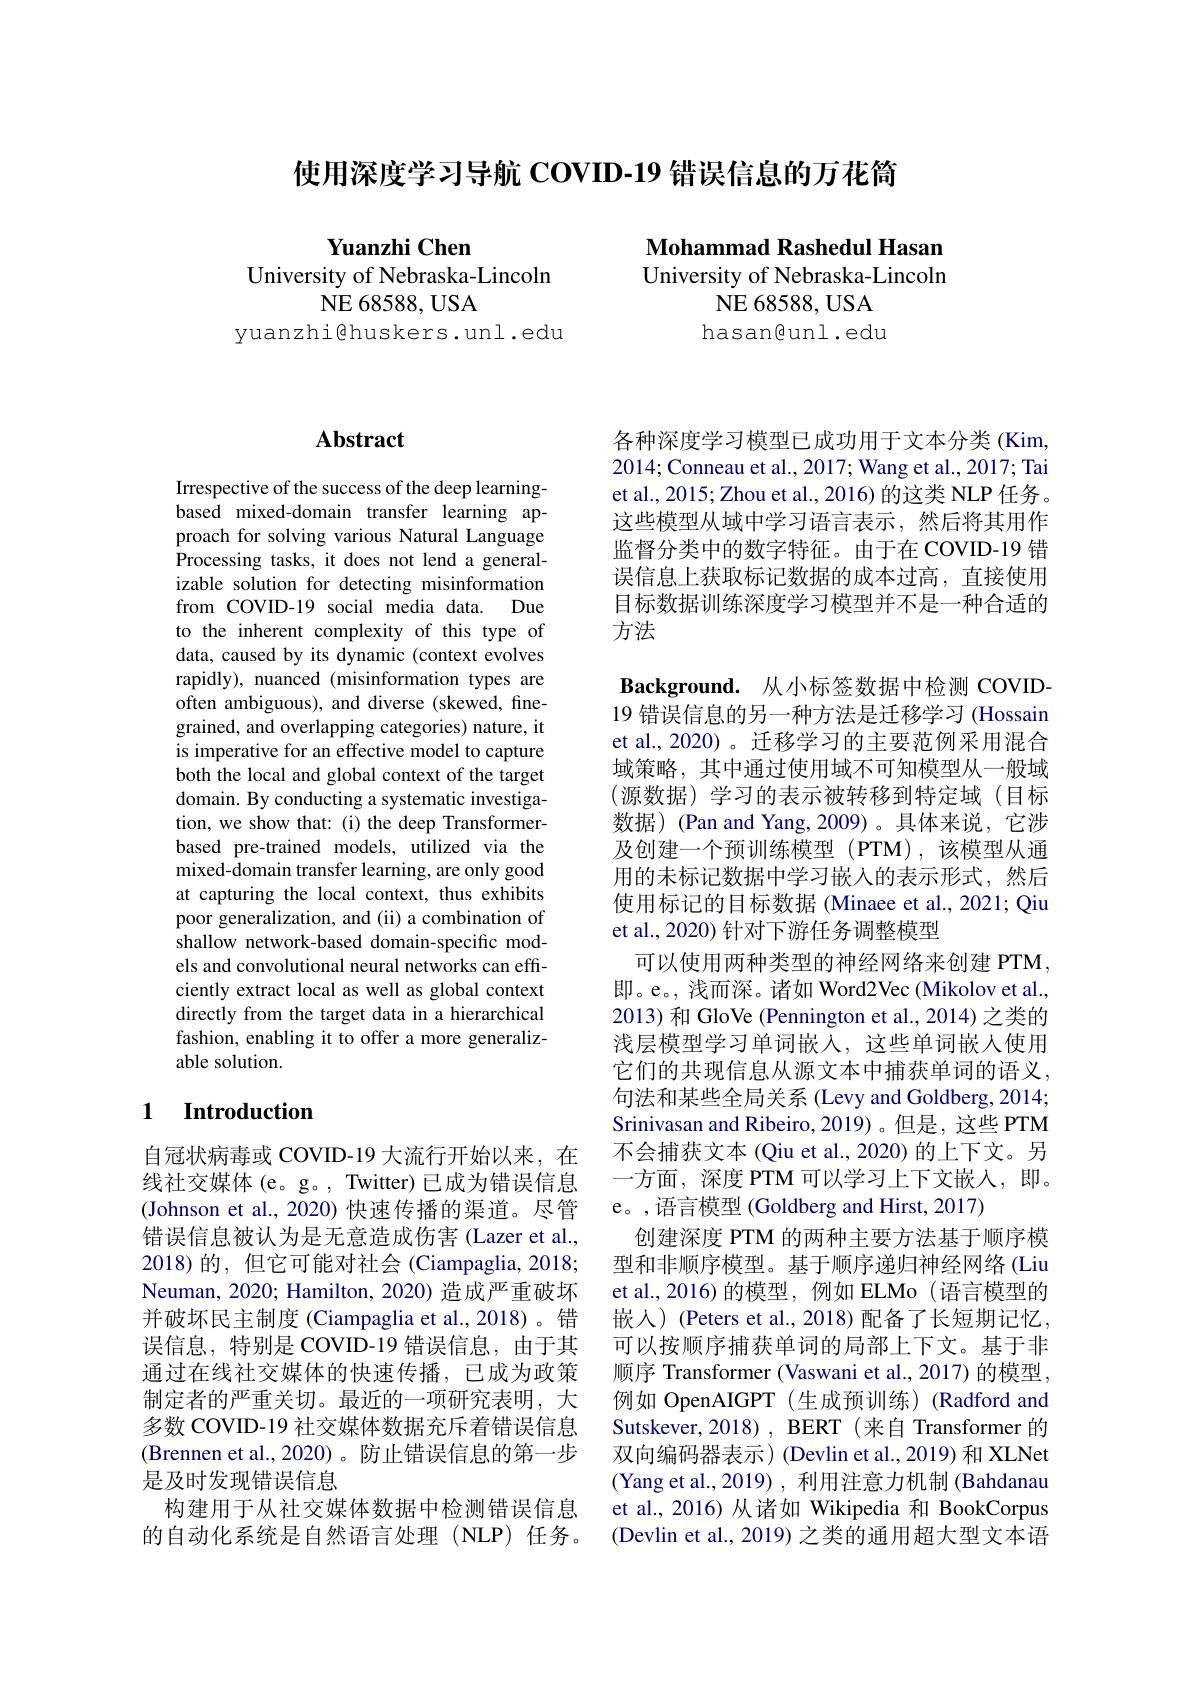
使用深度学习导航 COVID-19 错误信息的万花筒

Yuanzhi Chen
University of Nebraska-Lincoln
NE 68588, USA

Mohammad Rashedul Hasan University of Nebraska-Lincoln
NE 68588, USA hasan@unl.edu

yuanzhi@huskers.unl.edu

## Abstract

Irrespective of the success of the deep learningbased mixed-domain transfer learning approach for solving various Natural Language Processing tasks, it does not lend a generalizable solution for detecting misinformation from COVID-19 social media data. Due to the inherent complexity of this type of data, caused by its dynamic (context evolves rapidly), nuanced (misinformation types are often ambiguous), and diverse (skewed, finegrained, and overlapping categories) nature, it is imperative for an effective model to capture both the local and global context of the target domain. By conducting a systematic investigation, we show that: (i) the deep Transformerbased pre-trained models, utilized via the mixed-domain transfer learning, are only good at capturing the local context, thus exhibits poor generalization, and (ii) a combination of shallow network-based domain-specific models and convolutional neural networks can efficiently extract local as well as global context directly from the target data in a hierarchical fashion, enabling it to offer a more generalizable solution.

## 1 Introduction

自冠状病毒或 COVID-19 大流行开始以来，在线社交媒体(e。g。, Twitter) 已成为错误信息(Johnson et al., 2020) 快速传播的渠道。尽管错误信息被认为是无意造成伤害(Lazer et al., 2018)的，但它可能对社会(Ciampaglia,2018; Neuman, 2020; Hamilton, 2020) 造成严重破坏并破坏民主制度 (Ciampaglia et al.,2018)。错误信息，特别是 COVID-19 错误信息，由于其通过在线社交媒体的快速传播，已成为政策制定者的严重关切。最近的一项研究表明，大多数 COVID-19 社交媒体数据充斥着错误信息(Brennen et al.,2020)。防止错误信息的第一步是及时发现错误信息
构建用于从社交媒体数据中检测错误信息的自动化系统是自然语言处理(NLP)任务。

各种深度学习模型已成功用于文本分类 (Kim, 2014; Conneau et al., 2017; Wang et al., 2017; Tai et al., 2015; Zhou et al., 2016) 的这类 NLP 任务。这些模型从域中学习语言表示，然后将其用作监督分类中的数字特征。由于在 COVID-19 错误信息上获取标记数据的成本过高，直接使用目标数据训练深度学习模型并不是一种合适的方法

$\textbf{Background. 从 小 标 签 数 据 中 检 测 COVID- }$ 19 错误信息的另一种方法是迁移学习 (Hossain et al., 2020) 。迁移学习的主要范例采用混合域策略，其中通过使用域不可知模型从一般域(源数据)学习的表示被转移到特定域(目标数据)(Pan and Yang,2009)。具体来说，它涉及创建一个预训练模型(PTM),该模型从通用的未标记数据中学习嵌入的表示形式，然后使用标记的目标数据 (Minaee et al., 2021; Qiu et al., 2020) 针对下游任务调整模型
可以使用两种类型的神经网络来创建 PTM, 即。e。, 浅而深。诸如 Word2Vec (Mikolov et al., 2013) 和 GloVe (Pennington et al., 2014) 之类的浅层模型学习单词嵌入，这些单词嵌入使用它们的共现信息从源文本中捕获单词的语义， 句法和某些全局关系 (Levy and Goldberg, 2014; Srinivasan and Ribeiro,2019)。但是，这些 PTM 不会捕获文本 (Qiu et al., 2020) 的上下文。另一方面，深度 PTM 可以学习上下文嵌入，即。e。,语言模型 (Goldberg and Hirst, 2017)
创建深度 PTM 的两种主要方法基于顺序模型和非顺序模型。基于顺序递归神经网络(Liu et al.,2016)的模型，例如 ELMo(语言模型的嵌入)(Peters et al.,2018) 配备了长短期记忆， 可以按顺序捕获单词的局部上下文。基于非顺序 Transformer (Vaswani et al., 2017) 的模型， 例如 OpenAIGPT (生成预训练) (Radford and Sutskever, 2018) , BERT (来自 Transformer 的双向编码器表示)(Devlin et al.,2019) 和 XLNet (Yang et al., 2019), 利用注意力机制 (Bahdanau et al., 2016) 从诸如 Wikipedia 和 BookCorpus (Devlin et al., 2019) 之类的通用超大型文本语